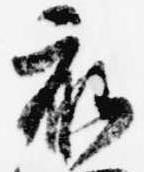
衣